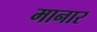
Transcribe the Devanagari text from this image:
मानार